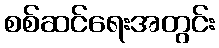
စစ်ဆင်ရေးအတွင်း